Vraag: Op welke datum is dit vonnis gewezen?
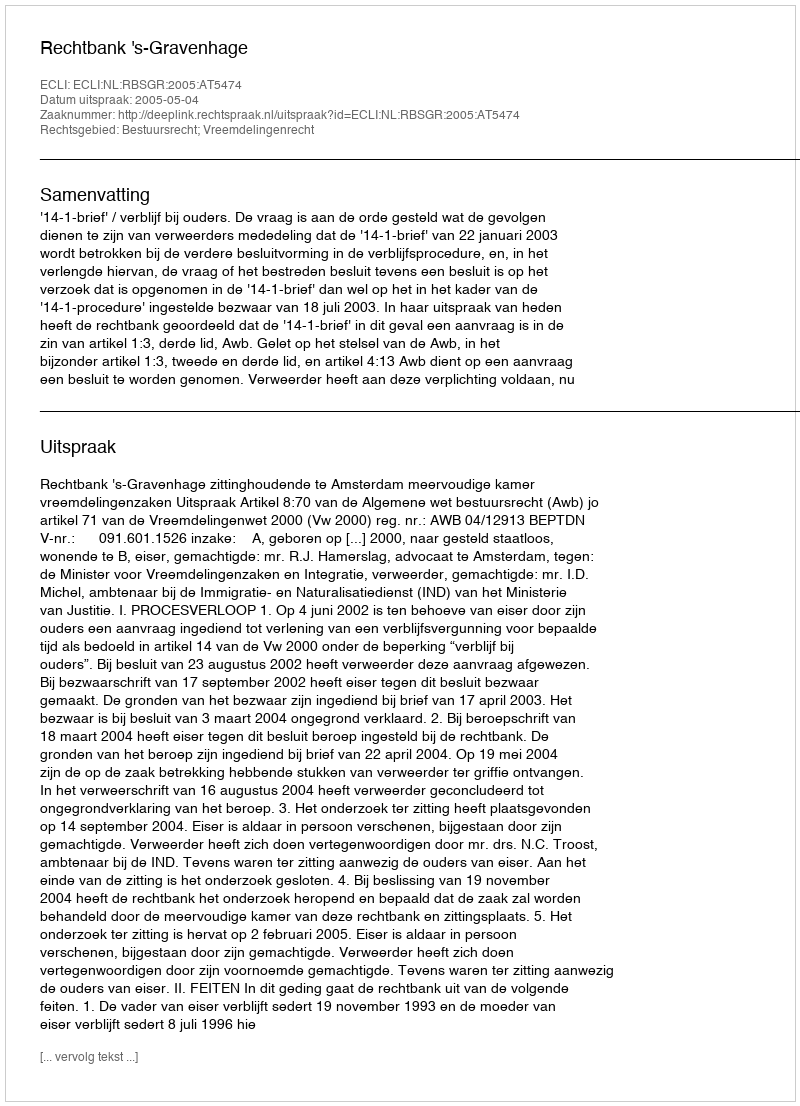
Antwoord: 2005-05-04